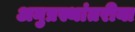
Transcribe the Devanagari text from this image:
अनुप्रस्थांतरीया